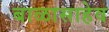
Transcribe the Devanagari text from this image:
बाळासाहेव